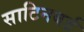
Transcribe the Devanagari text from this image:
साटिनबर्ड